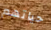
حياتهم